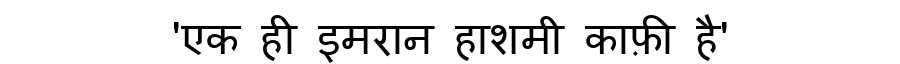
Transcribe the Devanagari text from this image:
'एक ही इमरान हाशमी काफ़ी है'